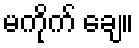
မကိုက် ချေ။